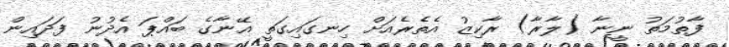
ފާތުމަތު ނީނާ (ލާރާ) ރާކިޒު އެތެރެއަށް ހިނގައިގަތީ އޭނާގެ ބައްޕަ އެދުނު ފަދައިން